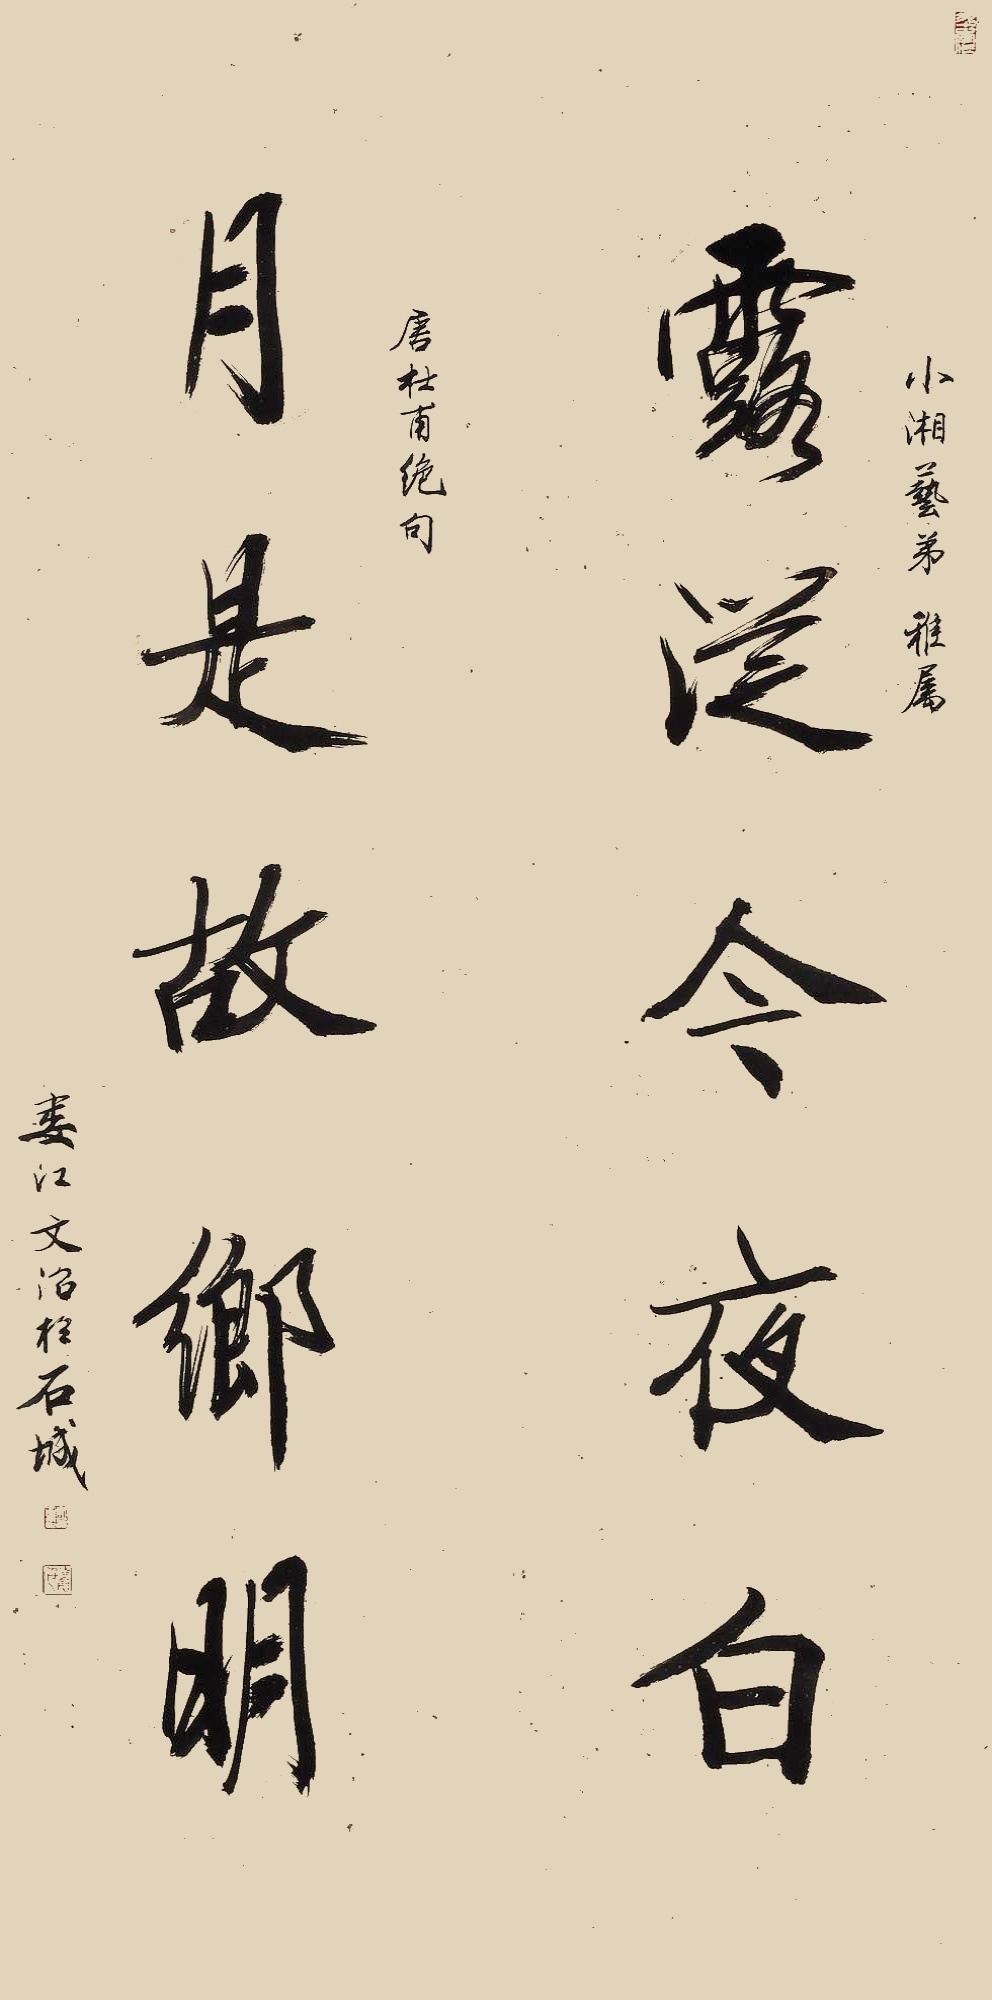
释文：露从今夜白，月是故乡明。唐杜甫绝句。小湘艺弟雅属，娄江文治于石城。